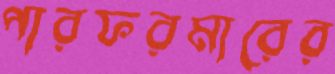
পারফরমারের